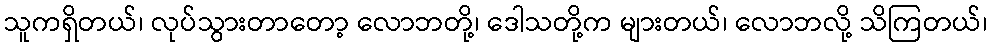
သူကရှိတယ်၊ လုပ်သွားတာတော့ လောဘတို့၊ ဒေါသတို့က များတယ်၊ လောဘလို့ သိကြတယ်၊